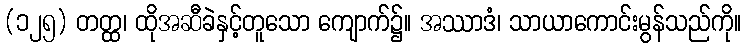
(၁၂၅) တတ္ထ၊ ထိုအဆီခဲနှင့်တူသော ကျောက်၌။ အဿာဒံ၊ သာယာကောင်းမွန်သည်ကို။